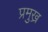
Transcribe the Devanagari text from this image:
प्रमुख्र